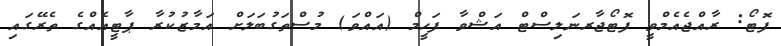
ފޮޓޯ: ރާއްޖެއެމްވީ ފޮޓޯޖާރނަލިސްޓް އަޝްވާ ފަހީމް (އައްވަ) މުސްތަގުބަލަށް އަމާޒުކުރާ ޕާޓީއެއްގެ ތެރޭގައި